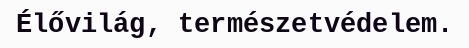
Élővilág, természetvédelem.